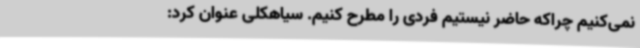
نمی‌کنیم چراکه حاضر نیستیم فردی را مطرح کنیم. سیاهکلی عنوان کرد: